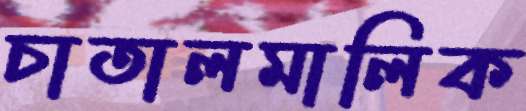
চাতালমালিক